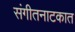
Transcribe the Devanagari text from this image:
संगीतनाटकात